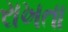
રાખતા